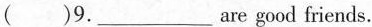
( )9. ___ are good friends.